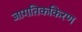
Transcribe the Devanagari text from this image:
जागतिककिरण